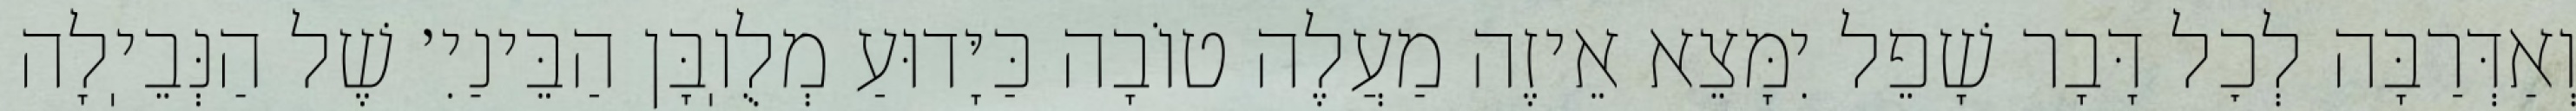
וְאַדְּרַבָּה לְכׇל דָּבָר שָׁפֵל יִמָּצֵא אֵיזֶה מַעֲלֶה טוֹבָה כַּיָּדוּעַ מְלֻוֽבָּן הַבֵּינַיִ׳ שֶׁל הַנְּבֵיֽלָה